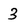
Character: 3